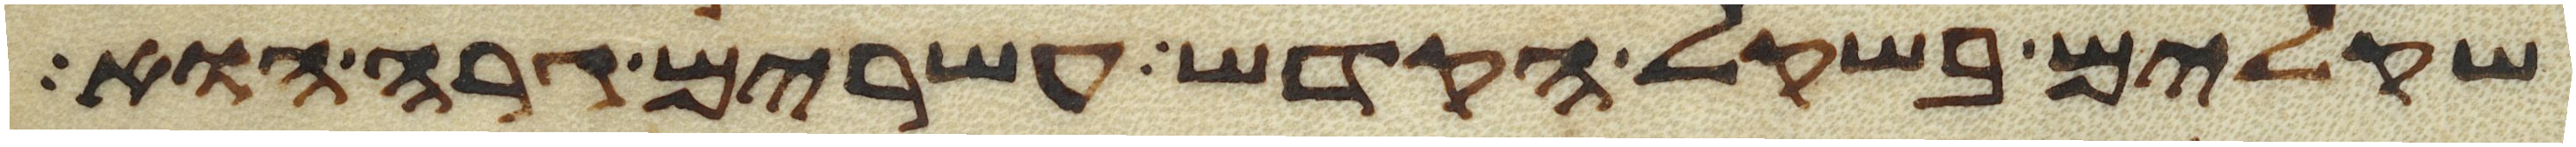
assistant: שקלים בשקל הקדש עשרים גרה הוא